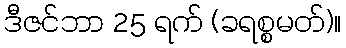
ဒီဇင်ဘာ 25 ရက် (ခရစ္စမတ်)။